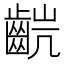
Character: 𫜥